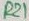
Text: R21